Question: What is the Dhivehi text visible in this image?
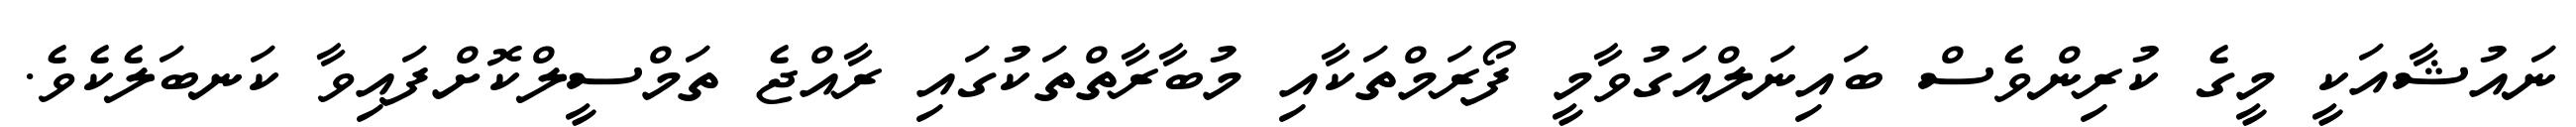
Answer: ނައުޝާއަކީ މީގެ ކުރިންވެސް ބައިނަލްއަގުވާމީ ފޯރަމްތަކާއި މުބާރާތްތަކުގައި ރާއްޖެ ތަމްސީލްކޮށްފައިވާ ކަނބަލެކެވެ.